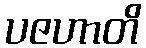
ပဇဟာတိ